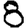
Digit: 8